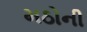
મઠોની